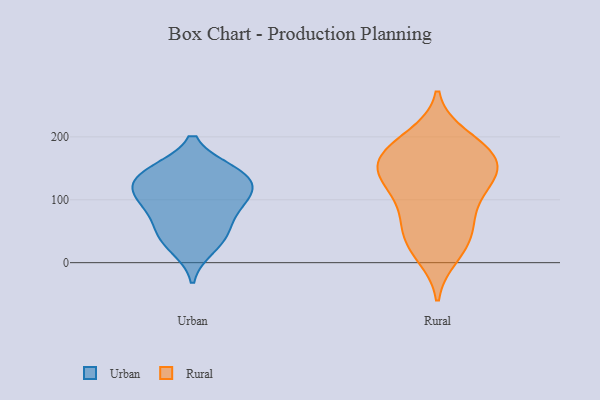
{"axis": {"x": "Inventory Turnover", "y": "Value"}, "legend": ["Rural", "Urban"], "data": [{"x": "", "y": 96, "type": "Urban"}, {"x": "", "y": 140, "type": "Urban"}, {"x": "", "y": 145, "type": "Urban"}, {"x": "", "y": 112, "type": "Urban"}, {"x": "", "y": 145, "type": "Urban"}, {"x": "", "y": 126, "type": "Urban"}, {"x": "", "y": 80, "type": "Urban"}, {"x": "", "y": 24, "type": "Urban"}, {"x": "", "y": 106, "type": "Urban"}, {"x": "", "y": 50, "type": "Urban"}, {"x": "", "y": 44, "type": "Urban"}, {"x": "", "y": 146, "type": "Rural"}, {"x": "", "y": 150, "type": "Rural"}, {"x": "", "y": 146, "type": "Rural"}, {"x": "", "y": 48, "type": "Rural"}, {"x": "", "y": 74, "type": "Rural"}, {"x": "", "y": 166, "type": "Rural"}, {"x": "", "y": 188, "type": "Rural"}, {"x": "", "y": 44, "type": "Rural"}, {"x": "", "y": 117, "type": "Rural"}, {"x": "", "y": 182, "type": "Rural"}, {"x": "", "y": 24, "type": "Rural"}, {"x": "", "y": 172, "type": "Rural"}, {"x": "", "y": 120, "type": "Rural"}, {"x": "", "y": 200, "type": "Rural"}, {"x": "", "y": 12, "type": "Rural"}, {"x": "", "y": 136, "type": "Rural"}, {"x": "", "y": 84, "type": "Rural"}]}